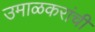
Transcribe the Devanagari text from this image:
उमाळकरांची